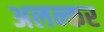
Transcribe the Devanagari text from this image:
अलन्कर